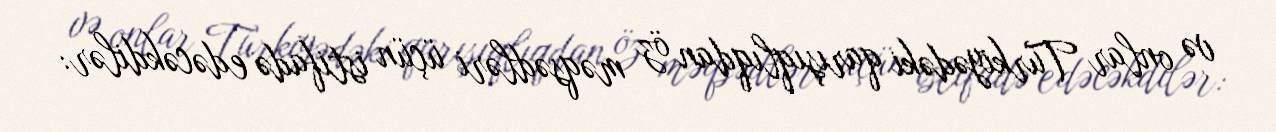
və onlar Türkiyədəki qarışıqlıqdan öz məqsədləri üçün istifadə edəcəkdilər: